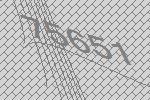
75651